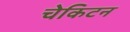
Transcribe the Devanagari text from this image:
चेकिटन